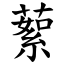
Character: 蕠